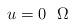
LaTeX: \begin{align*} u=0 ~~ \Omega \end{align*}